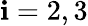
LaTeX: \mathbf{i}=2,3